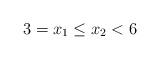
LaTeX: \begin{align*}3 = x_1 \leq x_2 < 6\end{align*}